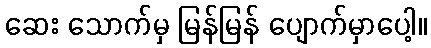
ဆေး သောက်မှ မြန်မြန် ပျောက်မှာပေါ့။